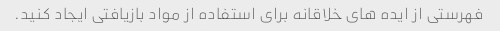
فهرستی از ایده های خلاقانه برای استفاده از مواد بازیافتی ایجاد کنید.